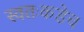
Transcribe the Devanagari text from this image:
स्वतःकडेच